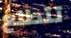
تتطلع